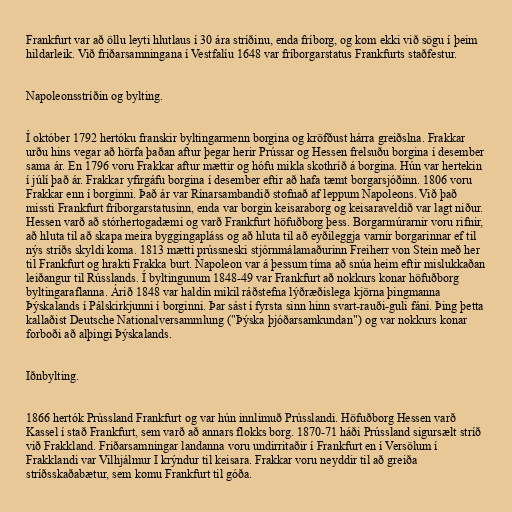
Frankfurt var að öllu leyti hlutlaus í 30 ára stríðinu, enda fríborg, og kom ekki við sögu í þeim
hildarleik. Við friðarsamningana í Vestfalíu 1648 var fríborgarstatus Frankfurts staðfestur.

Napoleonsstríðin og bylting.

Í október 1792 hertóku franskir byltingarmenn borgina og kröfðust hárra greiðslna. Frakkar
urðu hins vegar að hörfa þaðan aftur þegar herir Prússar og Hessen frelsuðu borgina í desember
sama ár. En 1796 voru Frakkar aftur mættir og hófu mikla skothríð á borgina. Hún var hertekin
í júlí það ár. Frakkar yfirgáfu borgina í desember eftir að hafa tæmt borgarsjóðinn. 1806 voru
Frakkar enn í borginni. Það ár var Rínarsambandið stofnað af leppum Napoleons. Við það
missti Frankfurt fríborgarstatusinn, enda var borgin keisaraborg og keisaraveldið var lagt niður.
Hessen varð að stórhertogadæmi og varð Frankfurt höfuðborg þess. Borgarmúrarnir voru rifnir,
að hluta til að skapa meira byggingapláss og að hluta til að eyðileggja varnir borgarinnar ef til
nýs stríðs skyldi koma. 1813 mætti prússneski stjórnmálamaðurinn Freiherr von Stein með her
til Frankfurt og hrakti Frakka burt. Napoleon var á þessum tíma að snúa heim eftir mislukkaðan
leiðangur til Rússlands. Í byltingunum 1848-49 var Frankfurt að nokkurs konar höfuðborg
byltingaraflanna. Árið 1848 var haldin mikil ráðstefna lýðræðislega kjörna þingmanna
Þýskalands í Pálskirkjunni í borginni. Þar sást í fyrsta sinn hinn svart-rauði-guli fáni. Þing þetta
kallaðist Deutsche Nationalversammlung ("Þýska þjóðarsamkundan") og var nokkurs konar
forboði að alþingi Þýskalands.

Iðnbylting.

1866 hertók Prússland Frankfurt og var hún innlimuð Prússlandi. Höfuðborg Hessen varð
Kassel í stað Frankfurt, sem varð að annars flokks borg. 1870-71 háði Prússland sigursælt stríð
við Frakkland. Friðarsamningar landanna voru undirritaðir í Frankfurt en í Versölum í
Frakklandi var Vilhjálmur I krýndur til keisara. Frakkar voru neyddir til að greiða
stríðsskaðabætur, sem komu Frankfurt til góða.